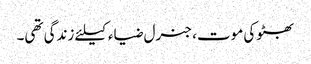
بھٹوکی موت، جنرل ضیاء کیلئے زندگی تھی۔